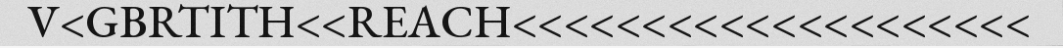
V<GBRTITH<<REACH<<<<<<<<<<<<<<<<<<<<